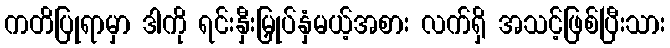
ကတိပြုရာမှာ ဒါကို ရင်းနှီးမြှုပ်နှံမယ့်အစား လက်ရှိ အသင့်ဖြစ်ပြီးသား